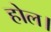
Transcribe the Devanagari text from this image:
होल।